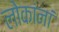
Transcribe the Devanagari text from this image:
लोकांनां